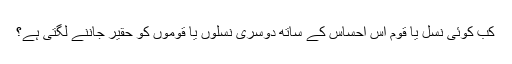
کب کوئی نسل یا قوم اس احساس کے ساتھ دوسری نسلوں یا قوموں کو حقیر جاننے لگتی ہے؟